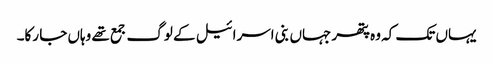
یہاں تک کہ وہ پتھر جہاں بنی اسرائیل کے لوگ جمع تھے وہاں جا رکا۔